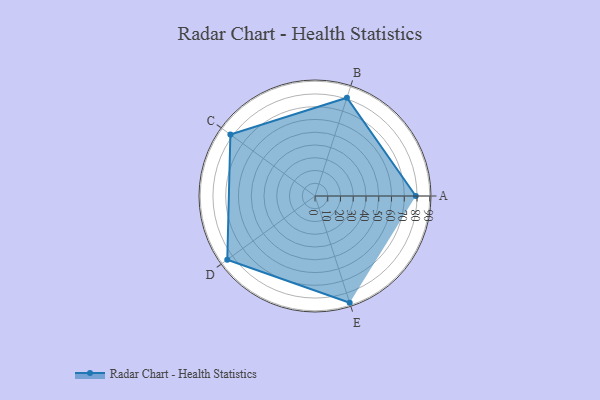
{"axis": {"x": "Skill", "y": "Score"}, "legend": ["Profile"], "data": [{"x": "A", "y": 79.0, "type": "Profile"}, {"x": "B", "y": 81.0, "type": "Profile"}, {"x": "C", "y": 82.0, "type": "Profile"}, {"x": "D", "y": 85.0, "type": "Profile"}, {"x": "E", "y": 88.0, "type": "Profile"}]}